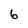
Character: 6